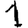
Digit: 1